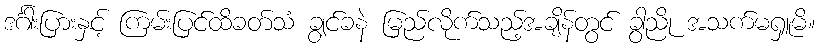
ဒင်္ဂါးပြားနှင့် ကြမ်းပြင်ထိခတ်သံ ချွင်ခနဲ မြည်လိုက်သည့်အချိန်တွင် ခွာညို အသက်မရှူမိ။